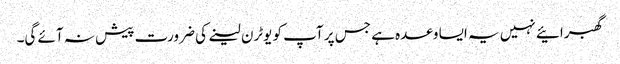
گھبرائیے نہیں یہ ایسا وعدہ ہے جس پر آپ کو یوٹرن لینے کی ضرورت پیش نہ آئے گی۔